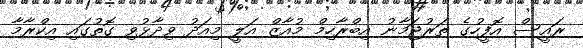
ރައީސް އޮފީހުގެ ތަރުޖަމާނު އިބްރާހިމް މުއާޒް އަލީ މިއަދު ވިދާޅުވި ގޮތުގައި އިކްރާމާ